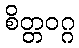
စိတ္တဝဂ္ဂ